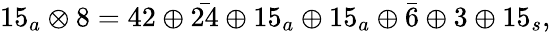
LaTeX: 15_{a}\otimes 8=42\oplus\bar{24}\oplus 15_{a}\oplus 15_{a}\oplus\bar{6}\oplus 3\oplus 15_{s},